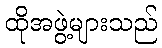
ထိုအဖွဲ့များသည်